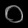
Digit: ၀